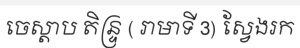
ចេស្តាប តិន្ទ្រ ( រាមាទី 3) ស្វែងរក